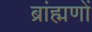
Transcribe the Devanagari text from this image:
ब्रांह्मणों